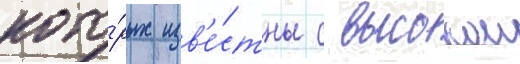
кото́рых изв'е́стны с высокои